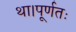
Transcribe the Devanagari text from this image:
था।पूर्णतः